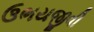
ઉભયજીવી